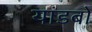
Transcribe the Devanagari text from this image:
यांडबो